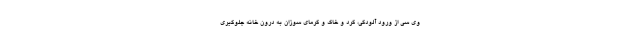
وی سی از ورود آلودگی، گرد و خاک و گرمای سوزان به درون خانه جلوگیری